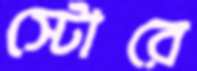
স্টোরে